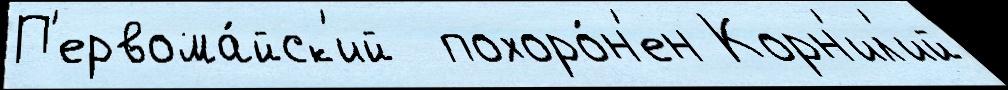
П'ервома́йск'ий  похоро́н'ен Корн'ил'ий